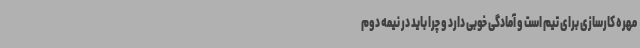
مهره‌ کارسازی برای تیم است و آمادگی خوبی دارد و چرا باید در نیمه دوم